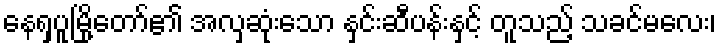
နေရှပူမြို့တော်၏ အလှဆုံးသော နှင်းဆီပန်းနှင့် တူသည့် သခင်မလေး၊